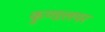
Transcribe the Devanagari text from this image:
कुण्डलपर